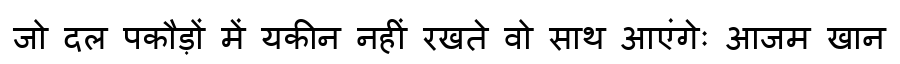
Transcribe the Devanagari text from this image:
जो दल पकौड़ों में यकीन नहीं रखते वो साथ आएंगेः आजम खान